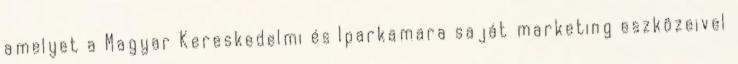
amelyet a Magyar Kereskedelmi és Iparkamara saját marketing eszközeivel